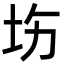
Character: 㘯